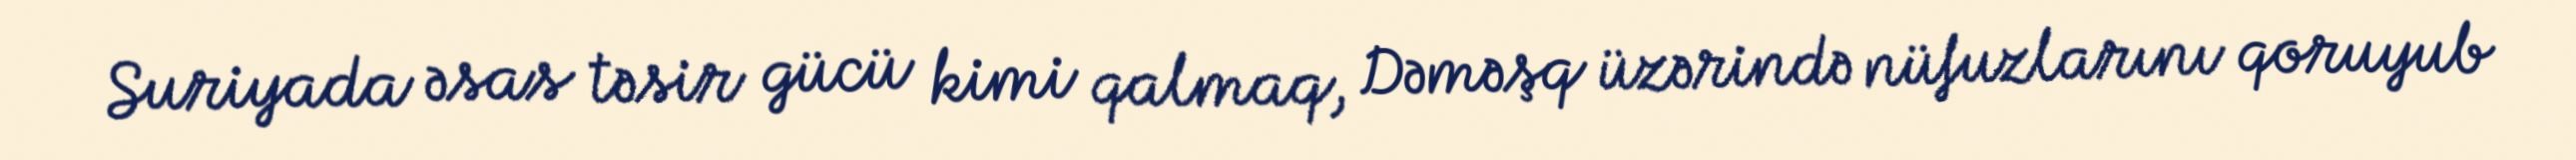
Suriyada əsas təsir gücü kimi qalmaq, Dəməşq üzərində nüfuzlarını qoruyub